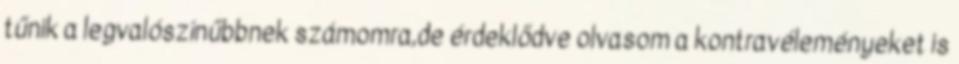
tűnik a legvalószínűbbnek számomra,de érdeklődve olvasom a kontravéleményeket is